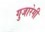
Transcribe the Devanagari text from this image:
गुजारेगी